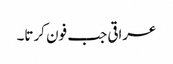
عراقی جب فون کرتا۔